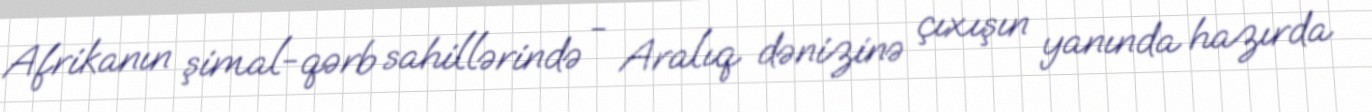
Afrikanın şimal-qərb sahillərində - Aralıq dənizinə çıxışın yanında hazırda